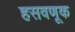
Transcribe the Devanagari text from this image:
हसवणूक